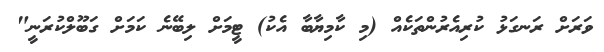
ވަރަށް ރަނގަޅު ކުރިއެރުންތަކެއް (މި ކާމިޔާބާ އެކު) ޓީމަށް ލިބޭނެ ކަމަށް ގަބޫލްކުރަނީ"